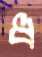
ধ